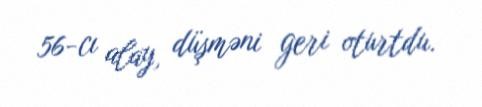
56-cı alay, düşməni geri oturtdu.